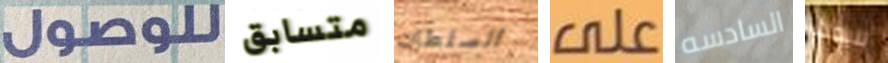
للوصول متسابق السلطات على السادسه للبحث